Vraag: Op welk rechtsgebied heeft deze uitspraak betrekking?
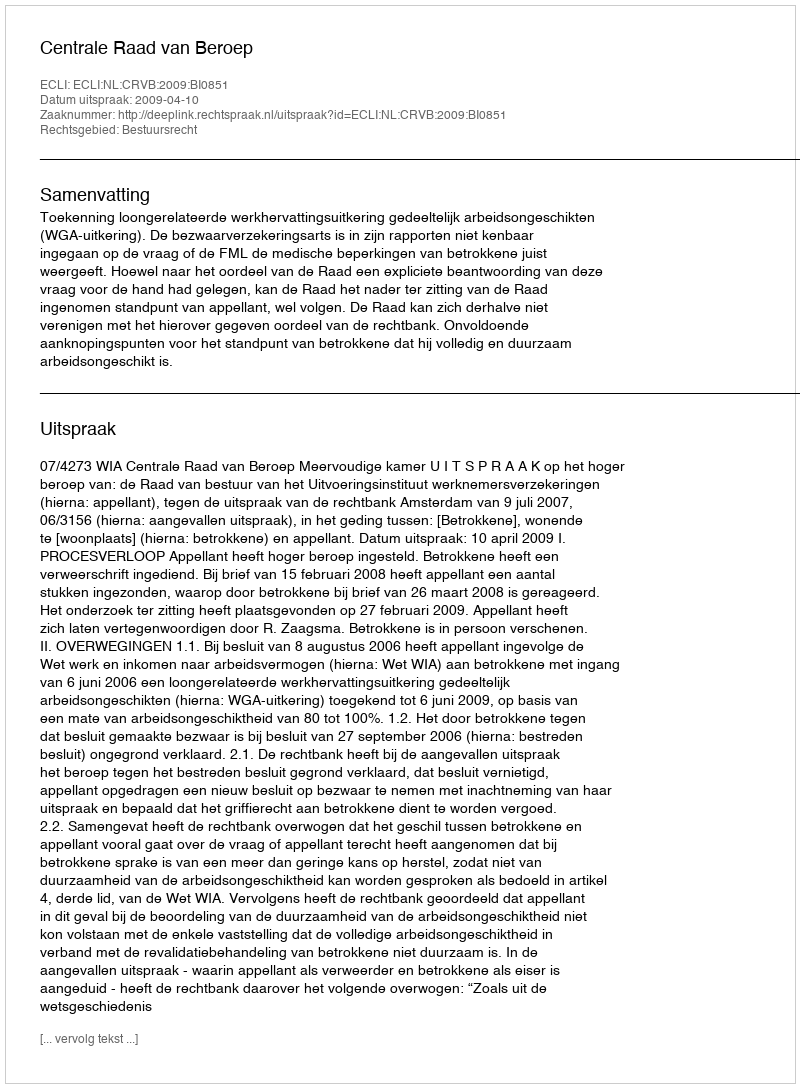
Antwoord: Bestuursrecht